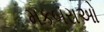
મકબરાઓ